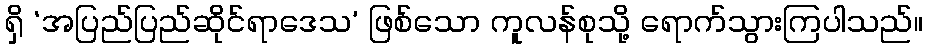
ရှိ ‘အပြည်ပြည်ဆိုင်ရာဒေသ’ ဖြစ်သော ကူလန်စုသို့ ရောက်သွားကြပါသည်။